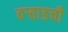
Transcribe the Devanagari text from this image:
वऱ्हाडची